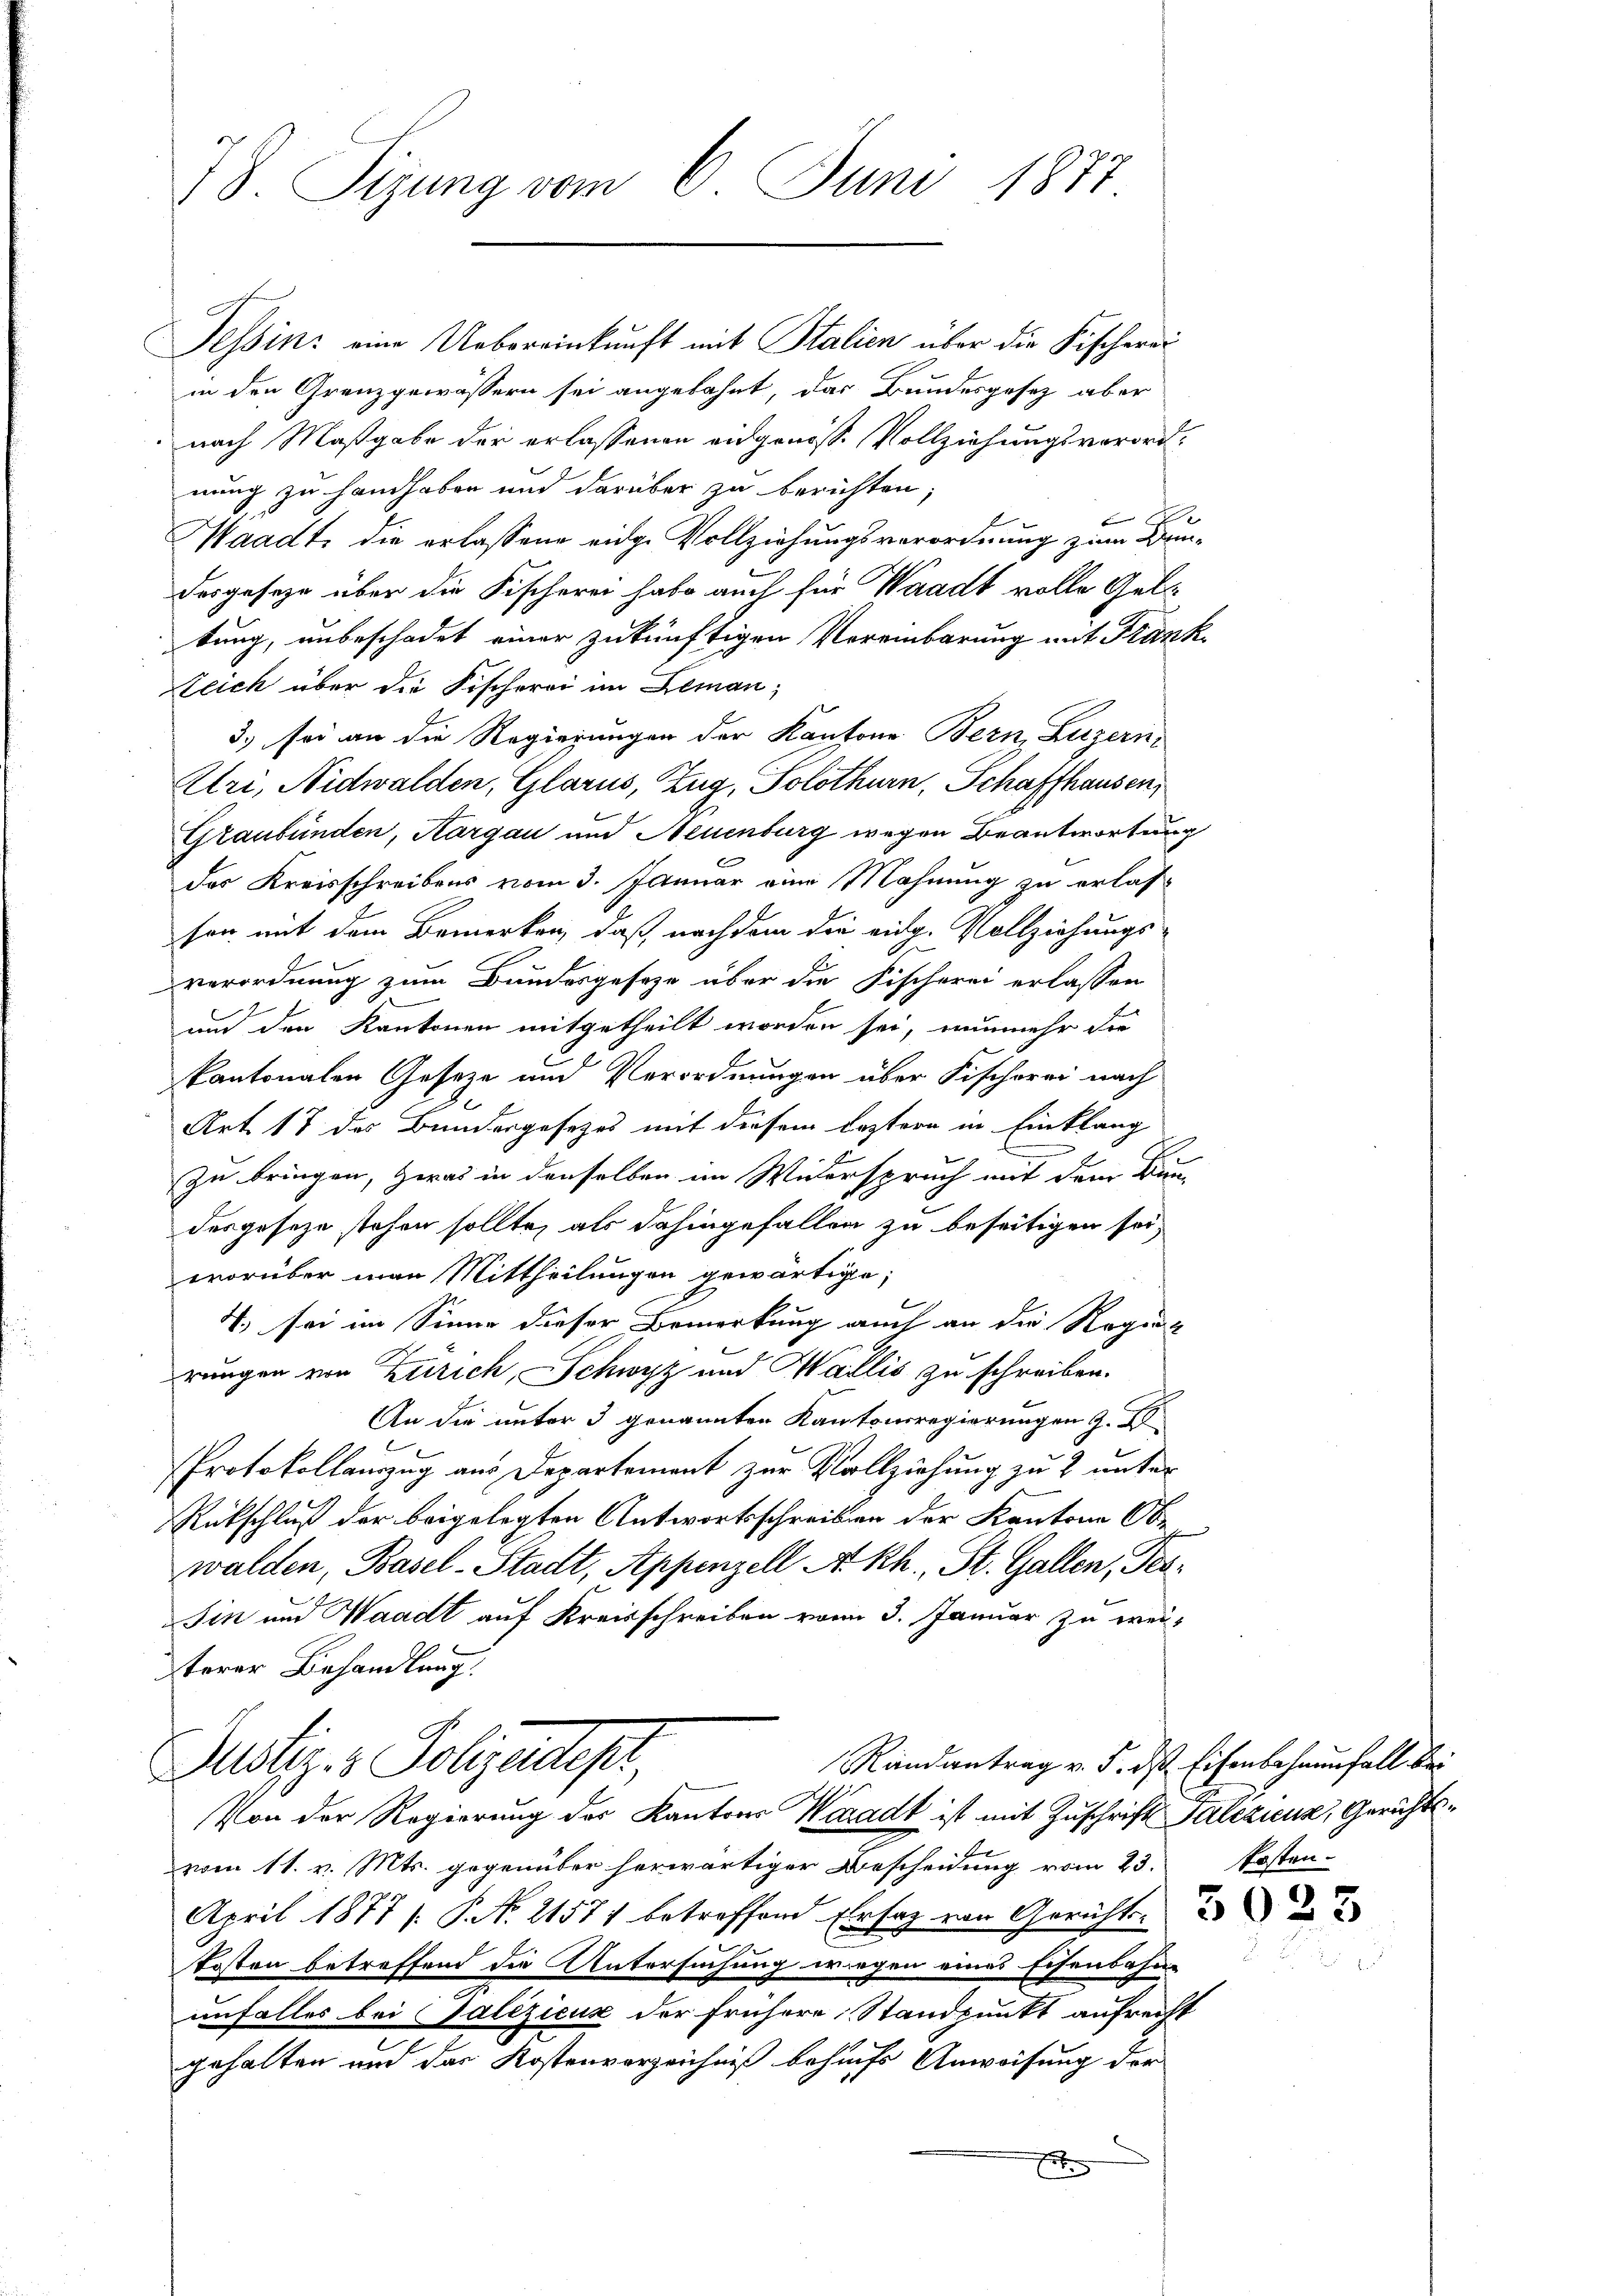
78. Sizung vom 6. Juni 1877.

Tessin: eine Uebereinkunft mit Stalien über die Fischerei
in den Granzgewässern sei angebahnt, das Bundesgesez aber
nach Maßgabe der erlassenen eidgenosse Vollziehungsverordnung zu handhaben und darüber zu berichten;

Waadt, die erlassene eidge Vollziehungsverordnung zum Drudesgeseze über die Fischerei habe auch für Waadt volle Geltung, unbeschadet einer zukünftigen Vereinbarung mit Frank¬
Zeich über die Fischerei im Leman
3.) sei an die Regierungen der Kantone Bern, Luzern
Uri, Nidwalden, Glarus, Zug, Solothurn, Schaffhausen,
Graubünden, Aargau und Neuenburg wegen Beantwortung
des Kreisschreibens vom 3. Januar eine Mahnung zu erlassen mit dem Bemerken, daß, nachdem die eidg. Vollziehungs-
verordnung zum Bundesgesetze über die Fischerei erlassen
und den Kantonen mitgetheilt worden sei, nunmehr der
kantonalen Geseze und Verordnungen über Fischorei nach
Art. 17 des Bundergesetzes mit diesem Leztern in Einklang
Zu bringen, was in denselben im Widerspruch mit dem Bun-
desgeseze stehen sollte, als dahingefallen zu beseitigen sei,
worüber man Mittheilungen gewärtige;
4., sei im Sinne dieser Bemerkung auch an die Regi
rungen von Zürich, Schwyz und Wallis zu schreiben.
An die unter 3 genannten Kantonsregierungen z. B
2
Protokollauszug aus Departement zur Vollziehung zu 2 unter
Rückschluß der beigelegten Antwortsschreiben der Kantone Ob-
walden, Basel-Stadt, Appenzell A. Rh., St. Gallen, Per¬
Sin und Waadt auf Kreisschreiben vom 3. Januar zu weiterer Behandlung.
Randantrag v. 5. ds Eisenbehaunfall bei
Justiz- & Polizentes,
Von der Regierung der Kantons Waadt ist mit Zuschrift Galizieur, Gerichtsvom 11. v. Mts. gegenüber herwärtiger Bescheidung vom 23. kosten-
April 1877 /: P. Nr. 21571 betreffend Ersatz von Gericht
Kosten betreffend die Untersuchung wiegen eines Eisenbahne
unfalles bei Galizieux der frühere Standpunkt aufrecht
gehalten und der Kostenverzeichniß behufs Anweisung der